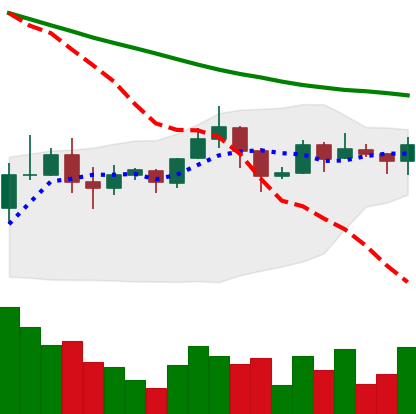
Ticker: ADA-USD
Chart end date: 2019-11-15
Forward return: -6.358%
Label: down_5_7